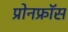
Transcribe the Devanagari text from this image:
प्रोनफ्रॉस